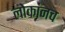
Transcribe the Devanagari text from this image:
लोकांनच